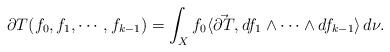
LaTeX: \begin{align*} \partial T(f_0, f_1, \cdots, f_{k-1}) = \int_X f_0\langle\vec{\partial T},df_1\wedge\cdots\wedge df_{k-1}\rangle\,d\nu. \end{align*}